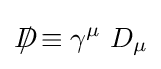
D\!\!\!\!/\equiv \gamma ^{\mu }\ D_{\mu }